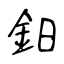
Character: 鈤